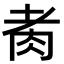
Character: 𦙩